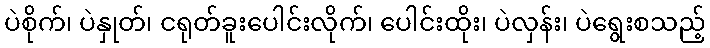
ပဲစိုက်၊ ပဲနှုတ်၊ ငရုတ်ခူးပေါင်းလိုက်၊ ပေါင်းထိုး၊ ပဲလှန်း၊ ပဲရွေးစသည့်